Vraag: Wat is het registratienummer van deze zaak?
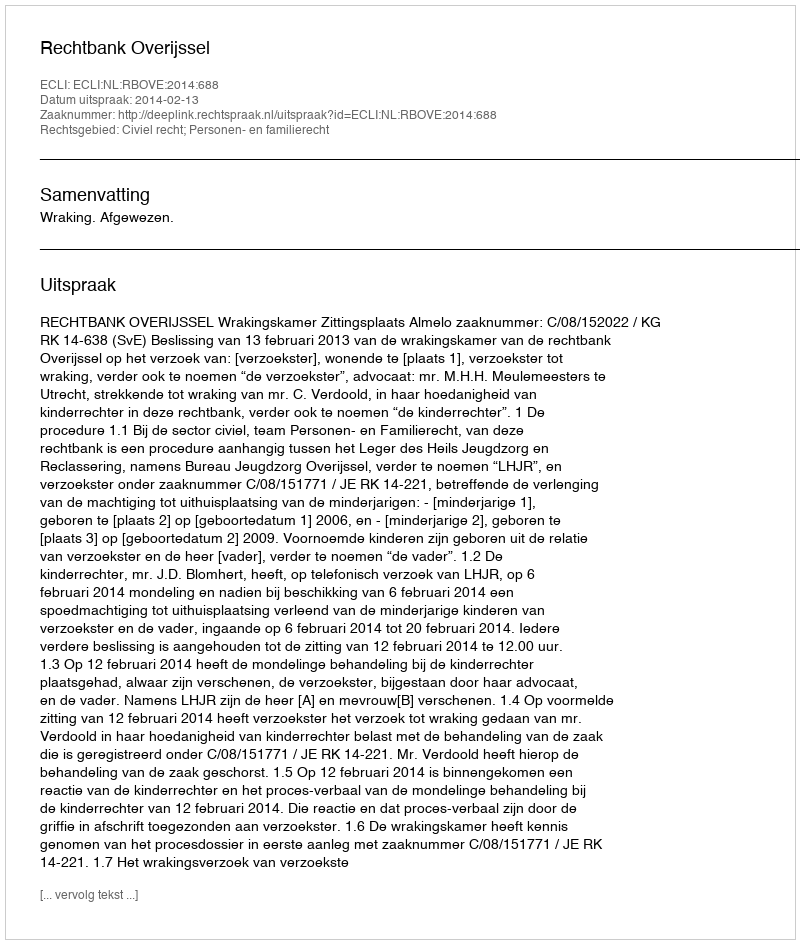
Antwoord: http://deeplink.rechtspraak.nl/uitspraak?id=ECLI:NL:RBOVE:2014:688